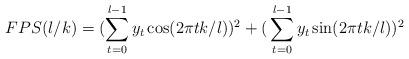
LaTeX: \begin{align*}FPS(l/k) = (\sum\limits_{t = 0}^{l - 1} {y_t \cos (2\pi tk/l))^2 + (} \sum\limits_{t = 0}^{l - 1} {y_t \sin (2\pi tk/l)} )^2 \end{align*}